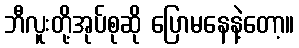
ဘီလူးတို့အုပ်စုဆို ပြောမနေနဲ့တော့။